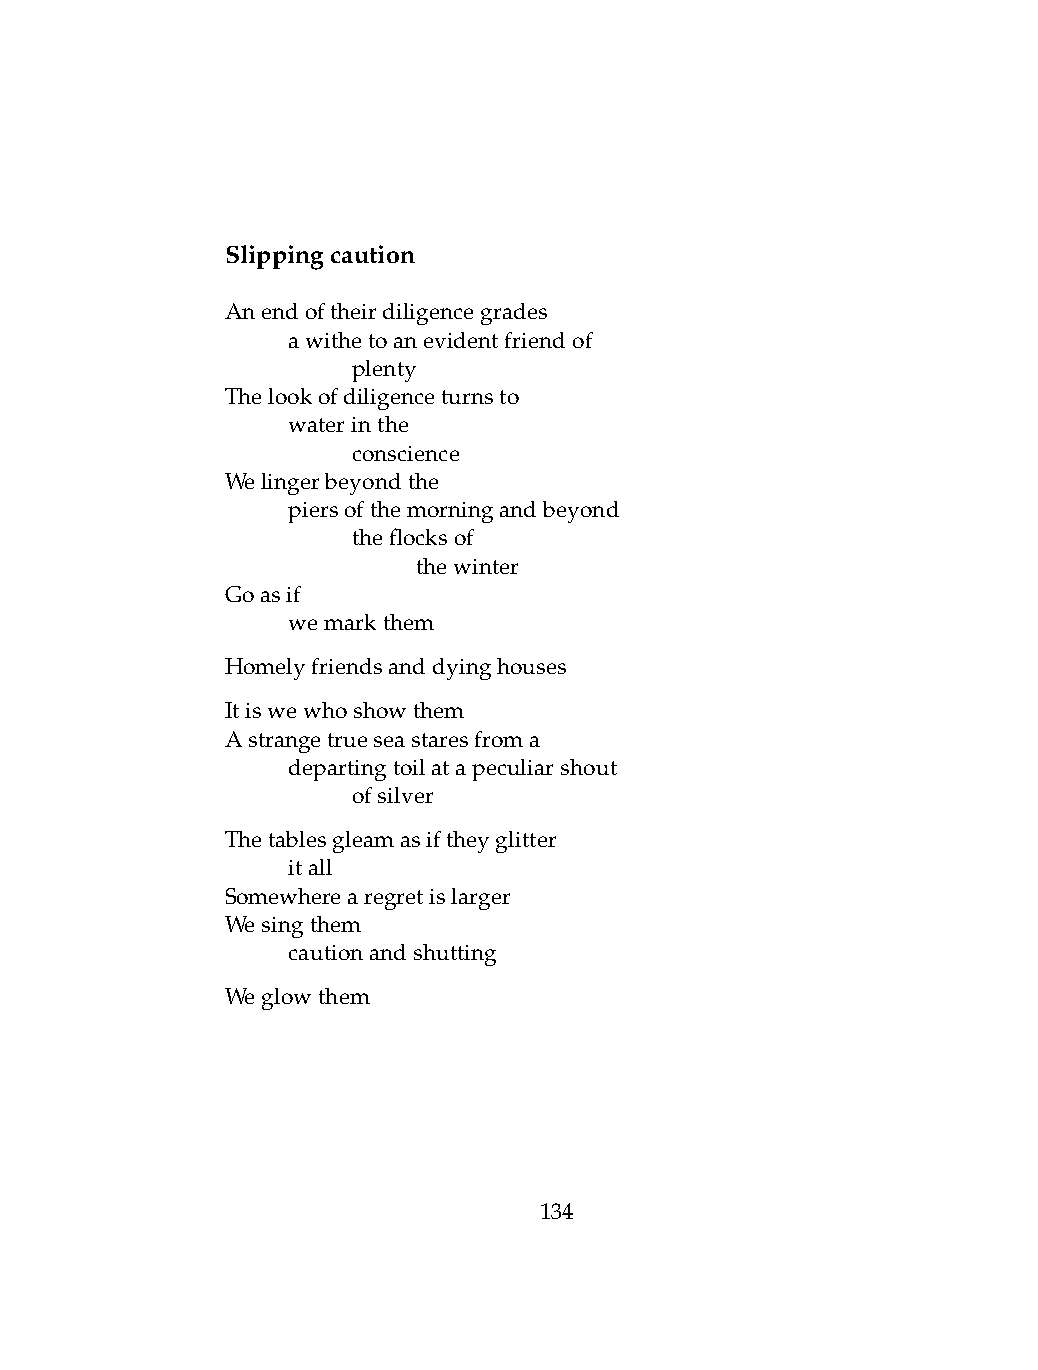
Slippingcaution
 Anendoftheirdiligencegrades
 .   awithetoanevidentfriendof
 .   .   plenty
 Thelookofdiligenceturnsto
 .   waterinthe
 .   .   conscience
 Welingerbeyondthe
 .   piersofthemorningandbeyond
 .   .   theflocksof
 .   .   .    thewinter
 Goasif
 .   wemarkthem
 Homelyfriendsanddyinghouses
 Itiswewhoshowthem
 Astrangetrueseastaresfroma
 .   departingtoilatapeculiarshout
 .   .   ofsilver
 Thetablesgleamasiftheyglitter
 .   itall
 Somewherearegretislarger
 Wesingthem
 .   cautionandshutting
 Weglowthem
 134